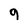
Character: 9